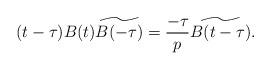
LaTeX: \begin{align*}(t-\tau) B(t) \widetilde{B(-\tau)} = \frac{- \tau}{p} \widetilde{B(t-\tau)}.\end{align*}